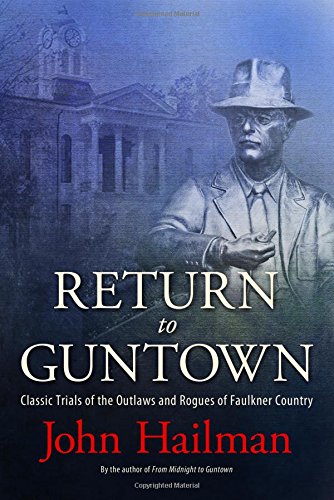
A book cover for Return to Guntown: Classic Trials of the Outlaws and Rogues of Faulkner Country; John Hailman; Biographies & Memoirs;